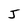
Character: J